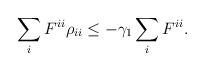
LaTeX: \begin{align*}\begin{aligned}\sum_i F^{ii} \rho_{ii} \leq - \gamma_1 \sum_i F^{ii}.\end{aligned}\end{align*}